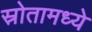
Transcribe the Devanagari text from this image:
स्रोतामध्ये